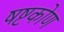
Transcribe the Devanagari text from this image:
षष्टकोण